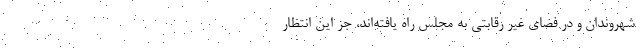
شهروندان و در فضای غیر رقابتی به مجلس راه یافته‌اند، جز این انتظار